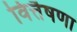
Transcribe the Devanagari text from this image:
वित्तैषणा